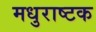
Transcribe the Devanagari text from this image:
मधुराष्टक